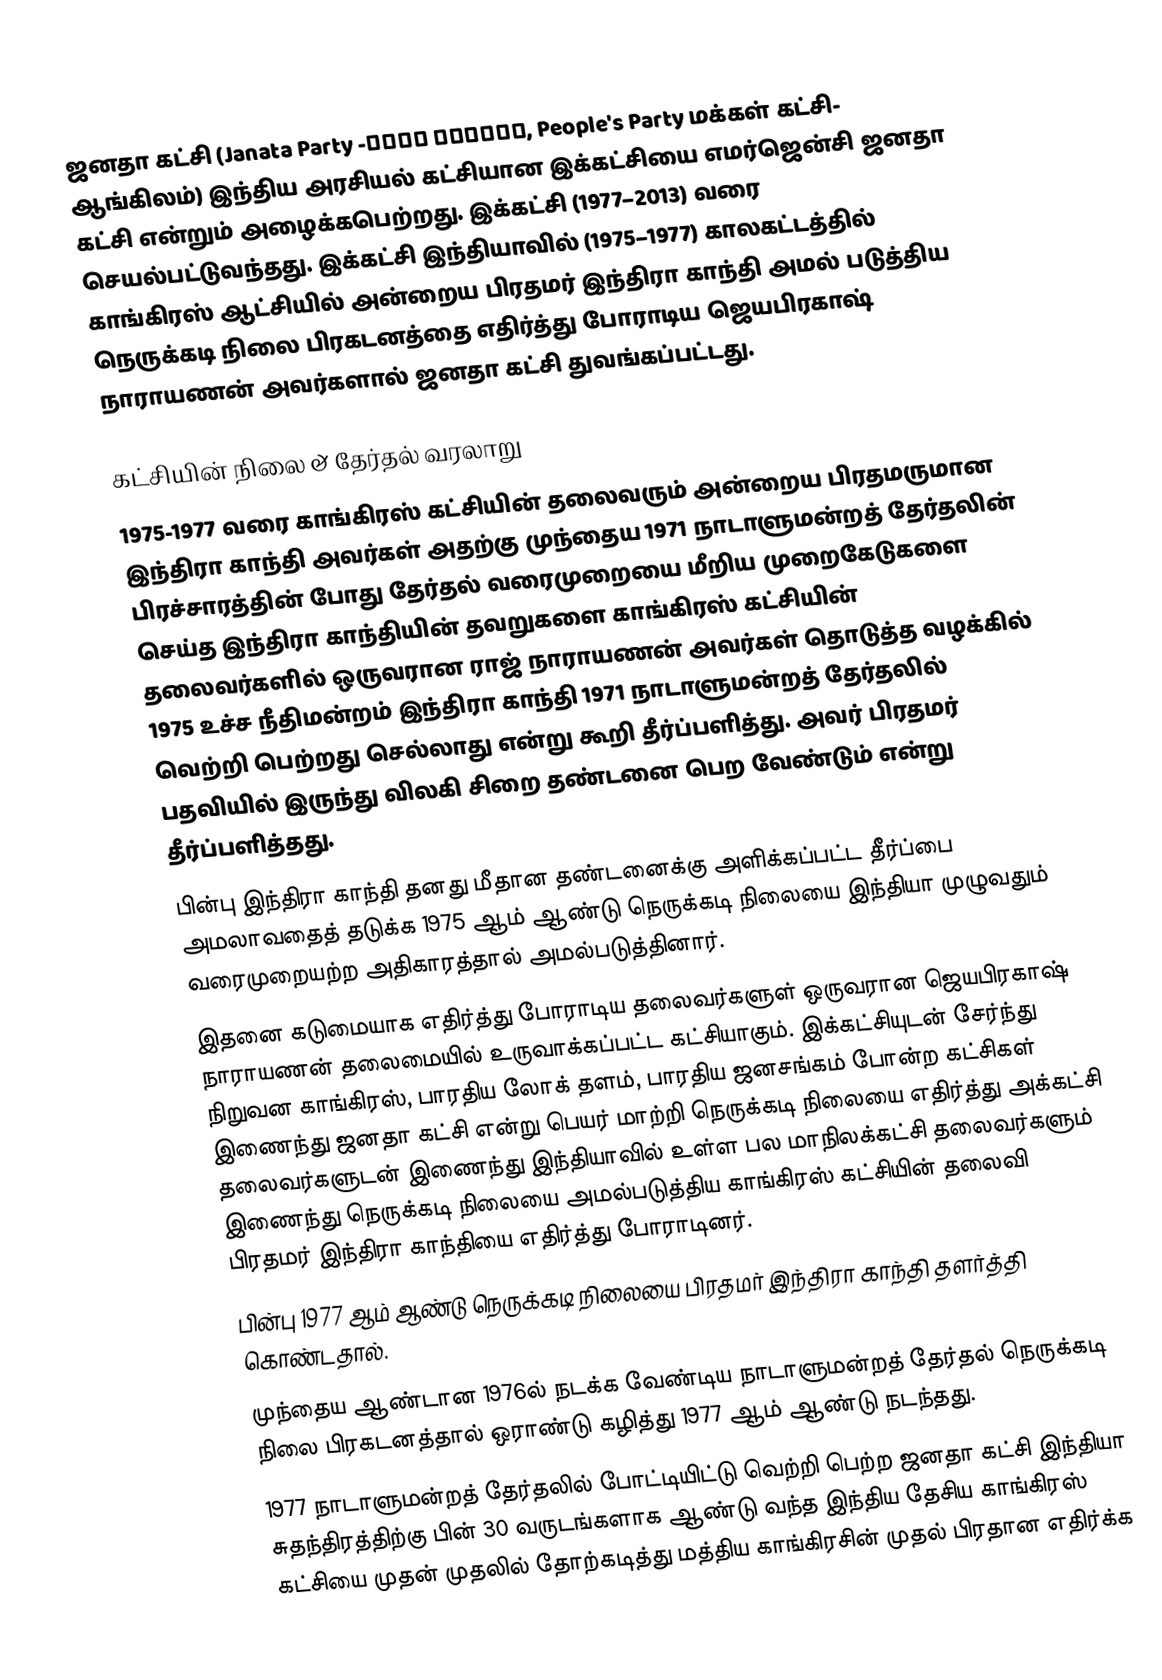
ஜனதா கட்சி  (Janata Party -जनता पार्टी, People's Party மக்கள் கட்சி-  ஆங்கிலம்)  இந்திய அரசியல் கட்சியான இக்கட்சியை எமர்ஜென்சி ஜனதா கட்சி என்றும் அழைக்கபெற்றது. இக்கட்சி (1977–2013) வரை செயல்பட்டுவந்தது. இக்கட்சி இந்தியாவில் (1975–1977) காலகட்டத்தில் காங்கிரஸ் ஆட்சியில் அன்றைய பிரதமர் இந்திரா காந்தி அமல் படுத்திய நெருக்கடி நிலை பிரகடனத்தை எதிர்த்து போராடிய ஜெயபிரகாஷ் நாராயணன் அவர்களால் ஜனதா கட்சி துவங்கப்பட்டது.

கட்சியின் நிலை & தேர்தல் வரலாறு
 1975-1977 வரை காங்கிரஸ் கட்சியின் தலைவரும் அன்றைய பிரதமருமான இந்திரா காந்தி அவர்கள் அதற்கு முந்தைய 1971 நாடாளுமன்றத் தேர்தலின் பிரச்சாரத்தின் போது தேர்தல் வரைமுறையை மீறிய முறைகேடுகளை செய்த இந்திரா காந்தியின் தவறுகளை காங்கிரஸ் கட்சியின் தலைவர்களில் ஒருவரான ராஜ் நாராயணன் அவர்கள் தொடுத்த வழக்கில் 1975 உச்ச நீதிமன்றம் இந்திரா காந்தி 1971 நாடாளுமன்றத் தேர்தலில் வெற்றி பெற்றது செல்லாது என்று கூறி தீர்ப்பளித்து. அவர் பிரதமர் பதவியில் இருந்து விலகி சிறை தண்டனை பெற வேண்டும் என்று தீர்ப்பளித்தது.
 பின்பு இந்திரா காந்தி தனது மீதான தண்டனைக்கு அளிக்கப்பட்ட  தீர்ப்பை அமலாவதைத் தடுக்க 1975 ஆம் ஆண்டு நெருக்கடி நிலையை இந்தியா முழுவதும் வரைமுறையற்ற அதிகாரத்தால் அமல்படுத்தினார்.
 இதனை கடுமையாக எதிர்த்து போராடிய தலைவர்களுள் ஒருவரான ஜெயபிரகாஷ் நாராயணன் தலைமையில் உருவாக்கப்பட்ட கட்சியாகும். இக்கட்சியுடன் சேர்ந்து நிறுவன காங்கிரஸ், பாரதிய லோக் தளம், பாரதிய ஜனசங்கம் போன்ற கட்சிகள் இணைந்து ஜனதா கட்சி என்று பெயர் மாற்றி நெருக்கடி நிலையை எதிர்த்து அக்கட்சி தலைவர்களுடன் இணைந்து இந்தியாவில் உள்ள பல மாநிலக்கட்சி தலைவர்களும் இணைந்து நெருக்கடி நிலையை அமல்படுத்திய காங்கிரஸ் கட்சியின் தலைவி பிரதமர் இந்திரா காந்தியை எதிர்த்து போராடினர்.
 பின்பு 1977 ஆம் ஆண்டு நெருக்கடி நிலையை பிரதமர் இந்திரா காந்தி தளர்த்தி கொண்டதால்.
 முந்தைய ஆண்டான 1976ல் நடக்க வேண்டிய நாடாளுமன்றத் தேர்தல் நெருக்கடி நிலை பிரகடனத்தால் ஒராண்டு கழித்து 1977 ஆம் ஆண்டு நடந்தது.
 1977 நாடாளுமன்றத் தேர்தலில் போட்டியிட்டு வெற்றி பெற்ற ஜனதா கட்சி இந்தியா சுதந்திரத்திற்கு பின் 30 வருடங்களாக ஆண்டு வந்த இந்திய தேசிய காங்கிரஸ் கட்சியை முதன் முதலில் தோற்கடித்து மத்திய காங்கிரசின் முதல் பிரதான எதிர்க்க